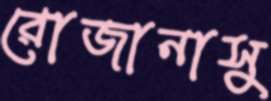
রোজানাসু